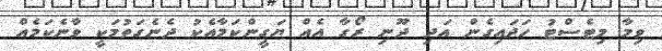
ވިމާ މިޓެސްޓު ހަދައިގެން އަދި ދޫނި ރޯގާ އެއް ޔަގީންކަމާއެކު ދެނެގަތުމަކީ ވާނެކަމެއް